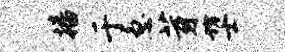
播于急芽坊士